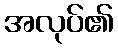
အလုပ်၏